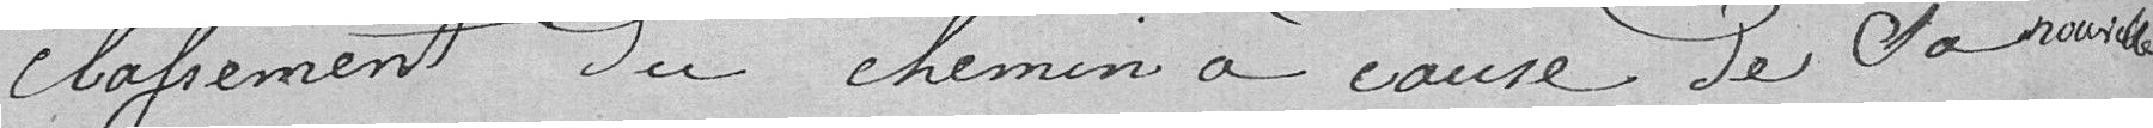
classement du chemin a cause de la Rouvielle